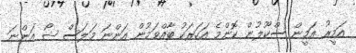
އަމީރު އަމީން ސްކޫލުން ކޮންމެ އަހަރަކު ބާއްވަމުން އަންނަ މަލަސް ޝޯ އަންނަ